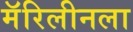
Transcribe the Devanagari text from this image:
मॅरिलीनला